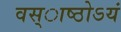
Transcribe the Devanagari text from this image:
वस्ाष्ठोऽयं